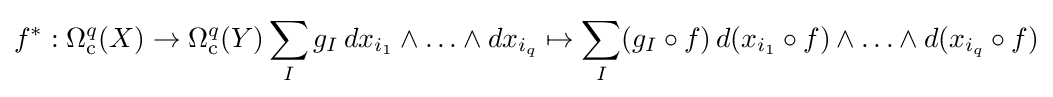
f^{*}:\Omega _{\mathrm {c} }^{q}(X)\to \Omega _{\mathrm {c} }^{q}(Y)\sum _{I}g_{I}\,dx_{i_{1}}\wedge \ldots \wedge dx_{i_{q}}\mapsto \sum _{I}(g_{I}\circ f)\,d(x_{i_{1}}\circ f)\wedge \ldots \wedge d(x_{i_{q}}\circ f)